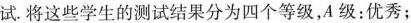
试.将这些学生的测试结果分为四个等级，A级：优秀；